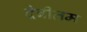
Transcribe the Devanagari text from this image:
देबीतम